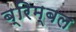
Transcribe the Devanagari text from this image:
ब्रिम्बल